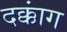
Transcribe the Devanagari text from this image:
दक्कांग